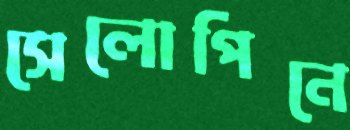
সেলোপিনে